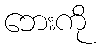
ဘေးကို